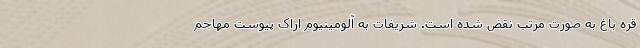
قره باغ به صورت مرتب نقض شده است. شریفات به آلومینیوم اراک پیوست مهاجم